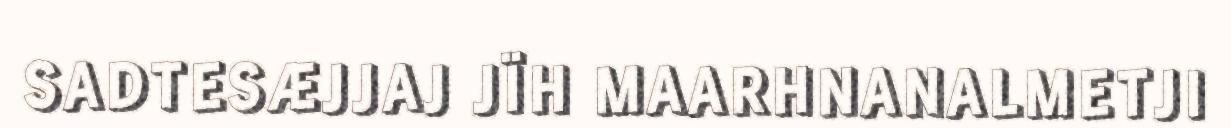
SADTESÆJJAJ JÏH MAARHNANALMETJI